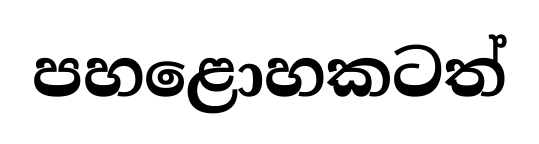
පහළොහකටත්